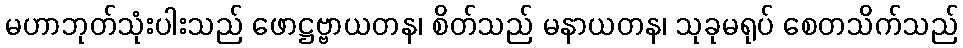
မဟာဘုတ်သုံးပါးသည် ဖောဋ္ဌဗ္ဗာယတန၊ စိတ်သည် မနာယတန၊ သုခုမရုပ် စေတသိက်သည်